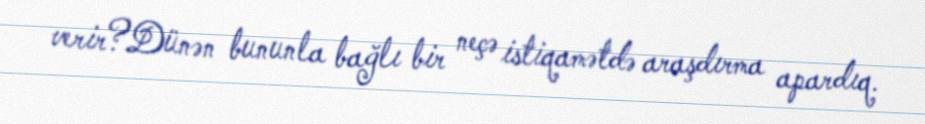
verir?Dünən bununla bağlı bir neçə istiqamətdə araşdırma apardıq.